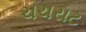
ચચરાટ